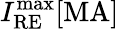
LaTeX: I_{\mathrm{RE}}^{\mathrm{max}}\mathrm{[MA]}